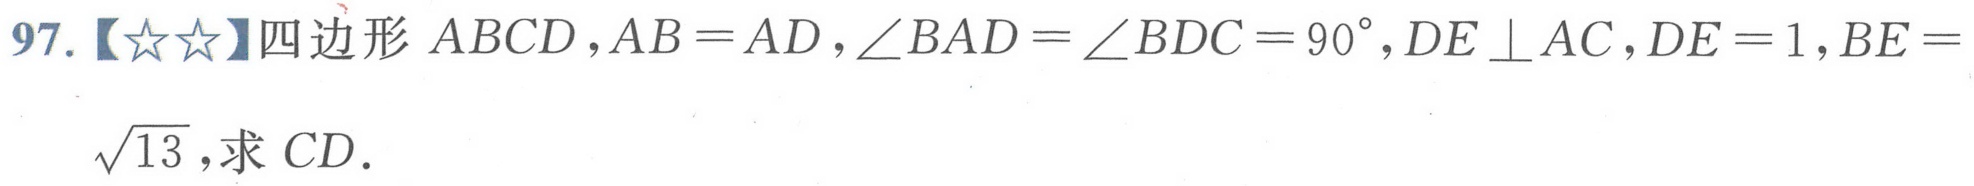
97.【★★】四边形$ABCD$，$AB = AD$，$\angle BAD=\angle BDC = 90^{\circ}$，$DE\perp AC$，$DE = 1$，$BE=\sqrt{13}$，求$CD$.